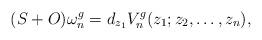
LaTeX: \begin{align*}(S+O)\omega^g_n=d_{z_1}V_n^g(z_1; z_2,\ldots, z_n),\end{align*}